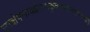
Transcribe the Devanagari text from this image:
उत्क्षेपणावक्षेपणाकुंचनप्रसारणगमनानि